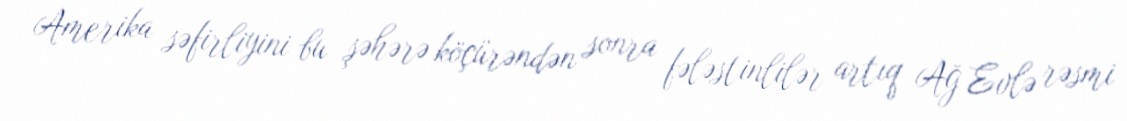
Amerika səfirliyini bu şəhərə köçürəndən sonra fələstinlilər artıq Ağ Evlə rəsmi